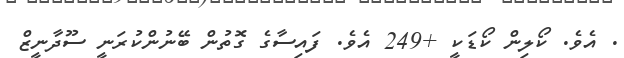
. އެވެ. ކޯލިން ކޯޑަކީ +249 އެވެ. ފައިސާގެ ގޮތުން ބޭނުންކުރަނީ ސޫދާނީޒް